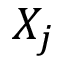
X _ { j }